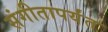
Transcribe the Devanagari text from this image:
संगीतापर्यंत